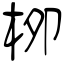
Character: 栁